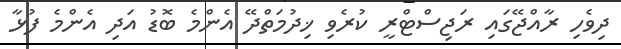
ދިވެހި ރާއްޖޭގައި ރަޖިސްޓްރީ ކުރެވި ޚިދުމަތްދޭ އެންމެ ބޮޑު އަދި އެންމެ ފުޅާ